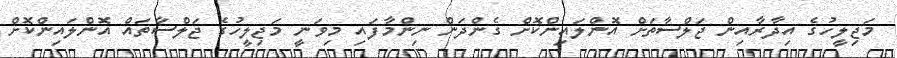
މަޖިލީހުގެ އިދާރާއިން ޖަލްސާތަށް އޮންލައިންކޮށް ގެންދަން ނިންމާފައި މިވަނީ މަޖިލީހުގެ ޖަލްސާތައް އޮންލައިންކޮށް